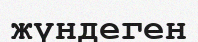
жүндеген